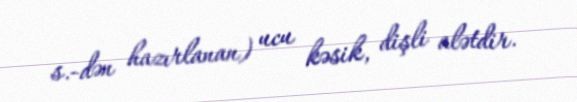
s.-dən hazırlanan) ucu kəsik, dişli alətdir.